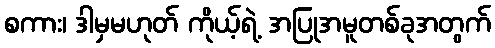
စကား၊ ဒါမှမဟုတ် ကိုယ့်ရဲ့ အပြုအမူတစ်ခုအတွက်